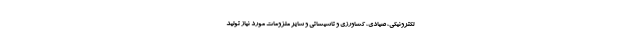
لکترونیکی، صیادی، کشاورزی و تاسیساتی و سایر ملزومات مورد نیاز تولید